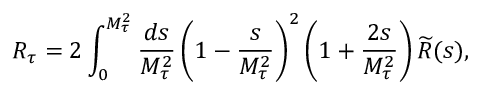
R _ { \tau } = 2 \int _ { 0 } ^ { M _ { \tau } ^ { 2 } } \frac { d s } { M _ { \tau } ^ { 2 } } \left( 1 - \frac { s } { M _ { \tau } ^ { 2 } } \right) ^ { 2 } \left( 1 + \frac { 2 s } { M _ { \tau } ^ { 2 } } \right) \widetilde { R } ( s ) ,